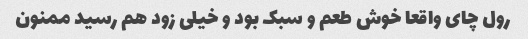
رول چای واقعا خوش طعم و سبک بود و خیلی زود هم رسید ممنون